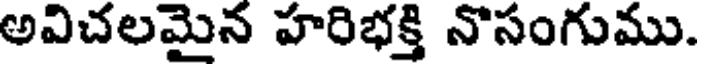
అవిచలమైన హరిభక్తి నొసంగుము.